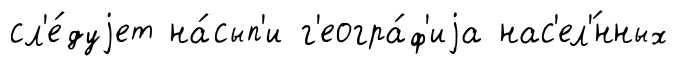
сл'е́дуjет на́сып'и г'еогра́ф'иjа нас'ел'́нных